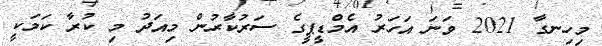
މިހިނގާ 2021 ވަނަ އަހަރު އެމްޑީޕީގެ ސަރުކާރުން މިއަދު މި ކުރާ ކަމަކީ